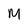
Character: M